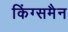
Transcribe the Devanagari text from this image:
किंग्समैन